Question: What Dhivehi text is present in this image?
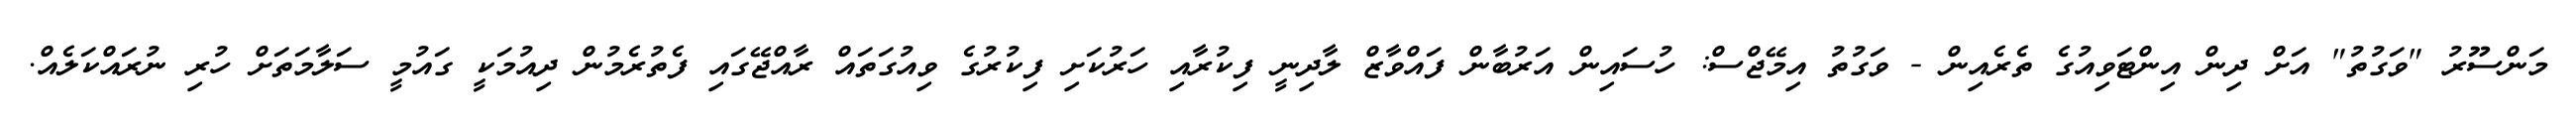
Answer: މަންސޫރު "ވަގުތު" އަށް ދިން އިންޓަވިއުގެ ތެރެއިން - ވަގުތު އިމޭޖްސް: ހުސައިން އަރުބާން ފައްވާޒް ލާދިނީ ފިކުރާއި ހަރުކަށި ފިކުރުގެ ވިއުގަތައް ރާއްޖޭގައި ފެތުރެމުން ދިއުމަކީ ގައުމީ ސަލާމަތަށް ހުރި ނުރައްކަލެއް.